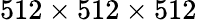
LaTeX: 512\times{512}\times{512}